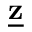
\underline { { \mathbf { z } } }